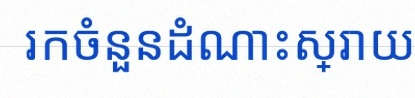
រកចំនួនដំណោះស្រាយ